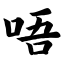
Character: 唔